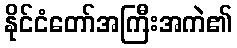
နိုင်ငံတော်အကြီးအကဲ၏